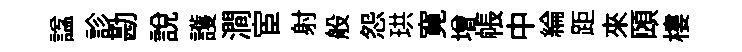
諡診勘説護澗宦射般怨珙寛增帳中綸距來頤樓